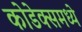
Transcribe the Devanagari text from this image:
कोडेक्समध्ये